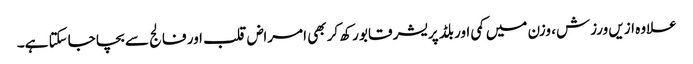
علاوہ ازیں ورزش، وزن میں کمی اور بلڈ پریشر قابو رکھ کر بھی امراض قلب اور فالج سے بچا جاسکتا ہے۔